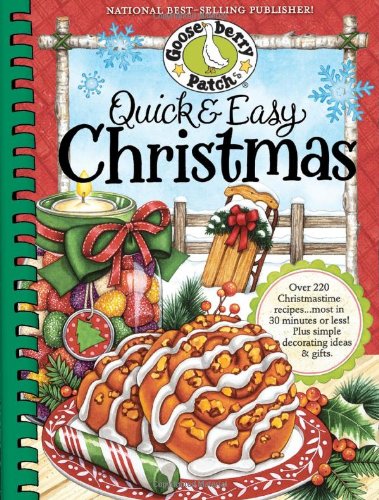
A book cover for Quick & Easy Christmas (Seasonal Cookbook Collection); Gooseberry Patch; Cookbooks, Food & Wine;